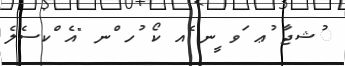
ުޝޖާ ުޢ ަވ ީނ ެއ ކޯ ުހ ްނ "އެ ްކސެލެ